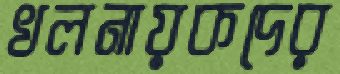
খলনায়কদের